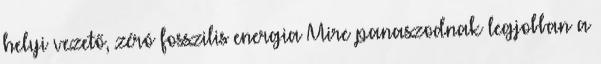
helyi vezető, zéró fosszilis energia Mire panaszodnak legjobban a